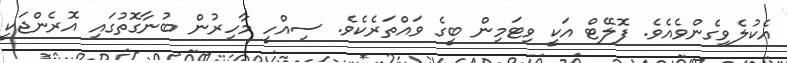
އެކުލެވިގެންވެއެވެ. ފޮލޭޓް އަކީ ވިޓަމިން ބީގެ ވައްތަރެކެވެ. ސިއްހީ މާހިރުން ބުނާގޮތުގައި އޮރެންޖަކީ